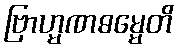
ဗြာဟ္မဏဓမ္မေတိ